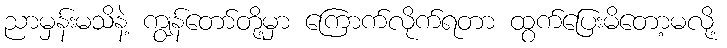
ညာမှန်းမသိနဲ့ ကျွန်တော်တို့မှာ ကြောက်လိုက်ရတာ ထွက်ပြေးမိတော့မလို့